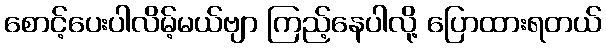
စောင့်ပေးပါလိမ့်မယ်ဗျာ ကြည့်နေပါလို့ ပြောထားရတယ်